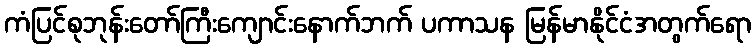
ကံပြင်စုဘုန်းတော်ကြီးကျောင်းနောက်ဘက် ပကာသန မြန်မာနိုင်ငံအတွက်ရော